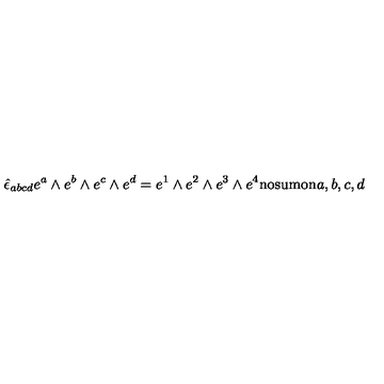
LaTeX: \hat { \epsilon } _ { a b c d } e ^ { a } \wedge e ^ { b } \wedge e ^ { c } \wedge e ^ { d } = e ^ { 1 } \wedge e ^ { 2 } \wedge e ^ { 3 } \wedge e ^ { 4 } \mathrm { n o s u m o n } a , b , c , d